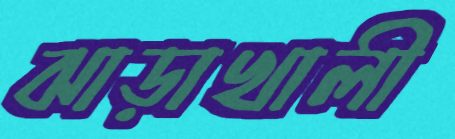
ঝাড়াখালী